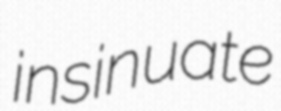
insinuate